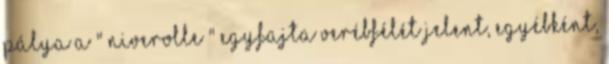
pálya a " niverolle " egyfajta verébfélét jelent, egyébként,